Scottish Certificate of Education, 1962
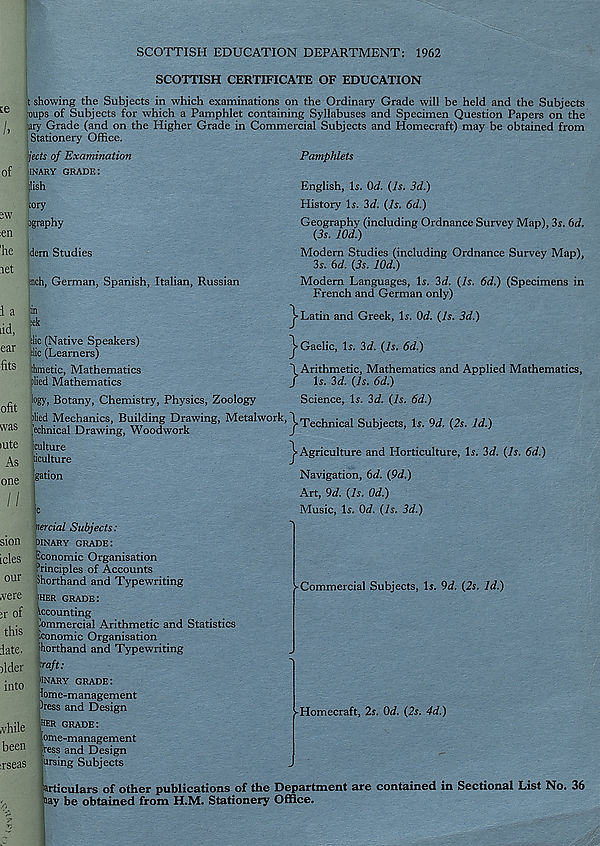
SCOTTISH EDUCATION DEPARTMENT: 1962
ce
of
;w
:en
'he
let
i a
dd,
ear
■ fits
ofit
was
iute
As
one
SCOTTISH CERTIFICATE OF EDUCATION
t showing the Subjects in which examinations on the Ordinary Grade will be held and the Subjects
oups of Subjects for which a Pamphlet containing Syllabuses and Specimen Question Papers on the
ary Grade (and on the Higher Grade in Commercial Subjects and Homecraft) may be obtained from
Stationery Office.
jects of Examination
UNARY GRADE:
;lish
:ory
agraphy
idem Studies
such, German, Spanish, Italian, Russian
die (Native Speakers)
elic (Learners)
:hmetic, Mathematics
plied Mathematics
logy, Botany, Chemistry, Physics, Zoology
Pamphlets
English, Is. Qd. {Is. 3d.)
History Is. 3d. {Is. 6d.)
Geography (including Ordnance Survey Map), 3s. 6d.
{3s. Wd.)
Modern Studies (including Ordnance Survey Map),
3s. 6d. {3s. lOd.)
Modern Languages, Is. 3d. {Is. 6d.) (Specimens in
French and German only)
Latin and Greek, Is. Od. {Is. 3d.)
Gaelic, Is. 3d. {Is. 6d.)
} Arithmetic, Mathematics and Applied Mathematics,
Is. 3d. {Is. 6d.)
Science, Is. 3d. {Is. 6d.)
died Mechanics, Building Drawing, Metalwork,\ Technical Subject u 9J . {2s . Id.)
.echmcal Drawing, Woodwork
J
^Agriculture and Horticulture, Is. 3d. {Is. 6d.)
iculture
^culture
gation
Navigation, 6d. {9d.)
Art, 9d. {Is. Od.)
Music, Is. Od. {Is. 3d.)
sion
icles
our
were
;r of
this
date,
ilder
into
while
been
irseas
^Commercial Subjects, Is. 9d. {2s. Id.)
nercial Subjects:
binary grade:
Economic Organisation
Principles of Accounts
Shorthand and Typewriting
;HER grade:
Vccounting
Commercial Arithmetic and Statistics
donomic Organisation
'horthand and Typewriting
■ raft:
UNARY grade:
lome-management
Cress and Design
her grade:
ome-management
Press and Design
arsing Subjects
particulars of other publications of the Department are contained in Sectional List No. 36
Say be obtained from H.M. Stationery Office.
-Homecraft, 2s. Od. {2s. 4d.)